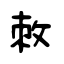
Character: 敇